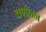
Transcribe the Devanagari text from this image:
वर्णनन